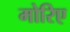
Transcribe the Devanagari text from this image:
मोरिए